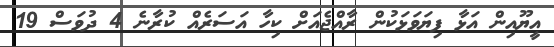
އީޔޫއިން އަޅާ ފިޔަވަޅަކުން ރާއްޖެއަށް ކިހާ އަސަރެއް ކުރާނެ 4 ދުވަސް 19